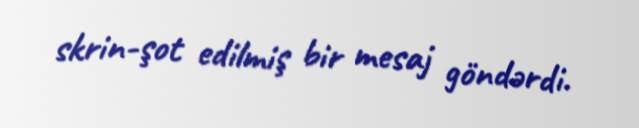
skrin-şot edilmiş bir mesaj göndərdi.